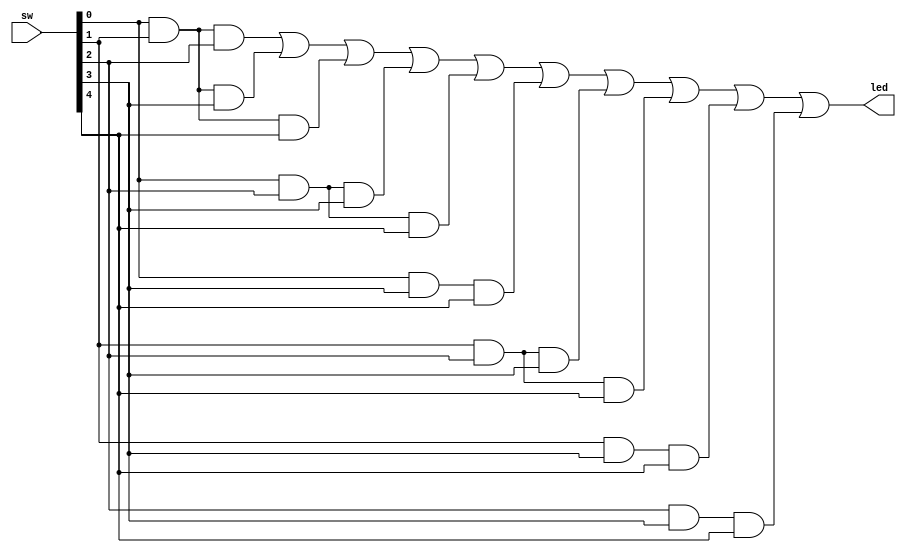
`timescale 1ns / 1ps
//////////////////////////////////////////////////////////////////////////////////
// Company: 
// Engineer: 
// 
// Design Name: 
// Module Name: majority_of_five
// Project Name: 
// Target Devices: 
// Tool Versions: 
// Description: 
// 
// Dependencies: 
// 
// Revision:
// Revision 0.01 - File Created
// Additional Comments:
// 
//////////////////////////////////////////////////////////////////////////////////


module majority_of_five(
    input [4:0] sw,
    output led
    );
assign led =(sw[0] & sw[1] & sw[2]) | 
		(sw[0] & sw[1] & sw[3]) | 
		(sw[0] & sw[1] & sw[4]) | 
		(sw[0] & sw[2] & sw[3]) | 
		(sw[0] & sw[2] & sw[4]) | 
		(sw[0] & sw[3] & sw[4]) | 
		(sw[1] & sw[2] & sw[3]) | 
		(sw[1] & sw[2] & sw[4]) | 
		(sw[1] & sw[3] & sw[4]) | 
		(sw[2] & sw[3] & sw[4]);  
endmodule